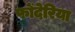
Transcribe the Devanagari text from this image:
फोंदेरिया